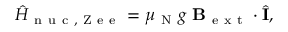
\hat { H } _ { \mathrm { ~ n ~ u ~ c ~ , ~ Z ~ e ~ e ~ } } = \mu _ { \mathrm { ~ N ~ } } g \ \mathbf { B } _ { \mathrm { ~ e ~ x ~ t ~ } } \cdot \hat { \mathbf { I } } ,